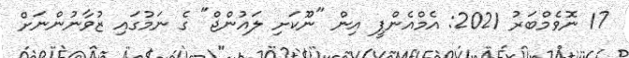
17 ނޮވެމްބަރު 2021: އެމްއެންޕީ އިން "ނޫކަށި ލައުންޖް" ގެ ނަމުގައި ޒުވާނުންނަށް